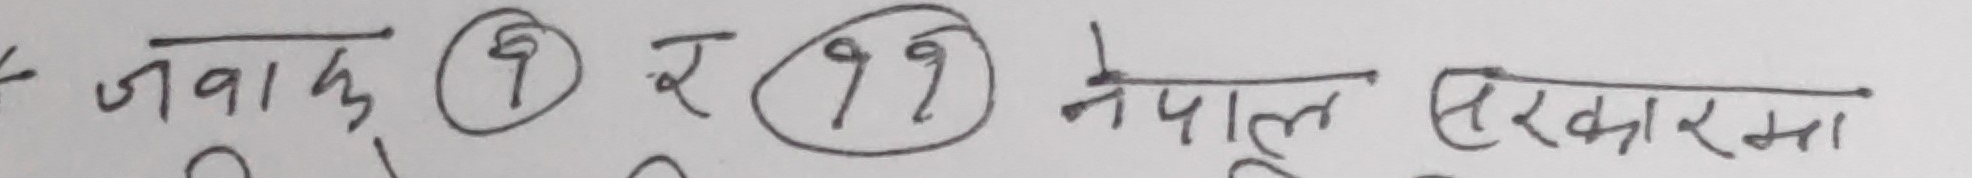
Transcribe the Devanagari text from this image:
जवाफ ९ र ९९ नेपाल सरकारमा